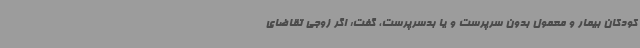
کودکان بیمار و معمول بدون سرپرست و یا بدسرپرست، گفت: اگر زوجی تقاضای